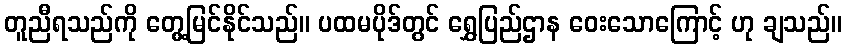
တူညီရသည်ကို တွေ့မြင်နိုင်သည်။ ပထမပိုဒ်တွင် ရွှေပြည်ဌာန ဝေးသောကြောင့် ဟု ချသည်။